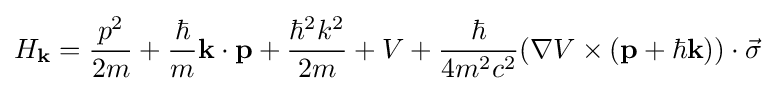
H_{\mathbf {k} }={\frac {p^{2}}{2m}}+{\frac {\hbar }{m}}\mathbf {k} \cdot \mathbf {p} +{\frac {\hbar ^{2}k^{2}}{2m}}+V+{\frac {\hbar }{4m^{2}c^{2}}}(\nabla V\times (\mathbf {p} +\hbar \mathbf {k} ))\cdot {\vec {\sigma }}